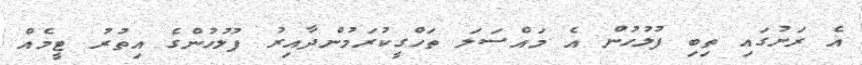
އެ ރަށުގައި ތިބި ފުލުހުން އެ މައްސަލަ ތަހްގީކުރަމުންދާއިރު ފުލުހުންގެ އިތުރު ޓީމެއް